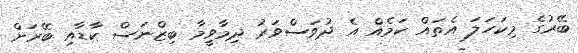
ބޭރުގެ މިކަހަލަ އެތައް ކަމެއް އެ ދުވަސްވަރު ދިމާވީމާ ބިޒްނަސް ކާޑާއި ބޭރަށް